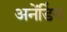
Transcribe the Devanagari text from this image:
अनेंडिंग